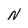
Character: N